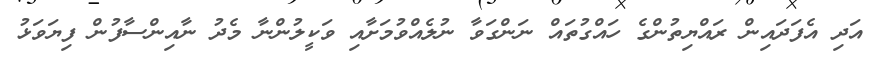
އަދި އެފަދައިން ރައްޔިތުންގެ ހައްގުތައް ނަންގަވާ ނުލެއްވުމަށާއި ވަކީލުންނާ މެދު ނާއިންސާފުން ފިޔަވަޅު